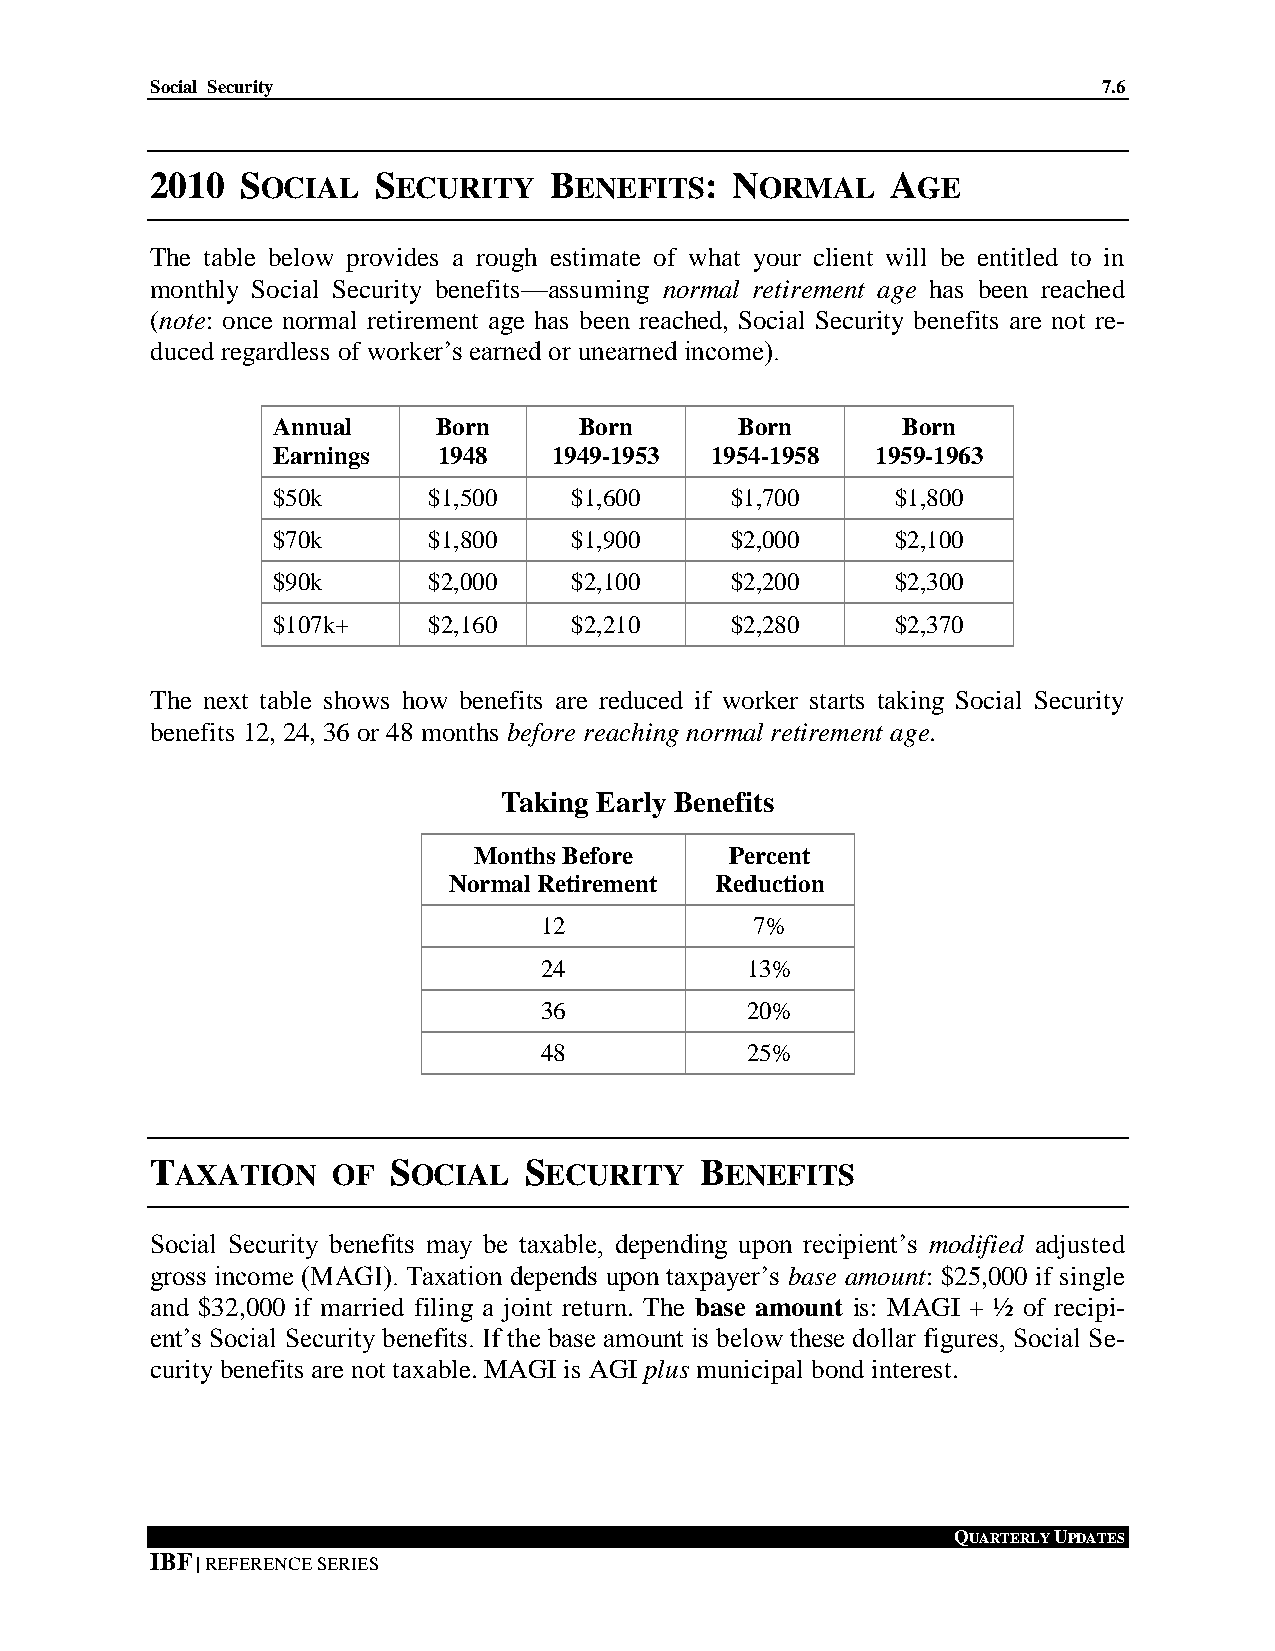
Social Security                                                7.6
 2010  SOCIAL   SECURITY   BENEFITS:   NORMAL     AGE
 The table below provides a rough estimate of what your client will be entitled to in
 monthly Social Security benefits—assuming normal retirement age has been reached
 (note: once normal retirement age has been reached, Social Security benefits are not re-
 duced regardless of worker’s earned or unearned income).
 Annual     Born     Born       Born       Born
 Earnings   1948    1949-1953 1954-1958  1959-1963
 $50k      $1,500    $1,600    $1,700     $1,800
 $70k      $1,800    $1,900    $2,000     $2,100
 $90k      $2,000    $2,100    $2,200     $2,300
 $107k+    $2,160    $2,210    $2,280     $2,370
 The next table shows how benefits are reduced if worker starts taking Social Security
 benefits 12, 24, 36 or 48 months before reaching normal retirement age.
 Taking Early Benefits
 Months Before    Percent
 Normal Retirement Reduction
 12            7%
 24           13%
 36           20%
 48           25%
 TAXATION    OF  SOCIAL   SECURITY   BENEFITS
 Social Security benefits may be taxable, depending upon recipient’s modified adjusted
 gross income (MAGI). Taxation depends upon taxpayer’s base amount: $25,000 if single
 and $32,000 if married filing a joint return. The base amount is: MAGI + ½ of recipi-
 ent’s Social Security benefits. If the base amount is below these dollar figures, Social Se-
 curity benefits are not taxable. MAGI is AGI plus municipal bond interest.
 QUARTERLY UPDATES
 IBF | REFERENCE SERIES